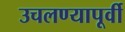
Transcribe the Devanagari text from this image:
उचलण्यापूर्वी